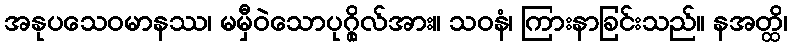
အနုပသေဝမာနဿ၊ မမှီဝဲသောပုဂ္ဂိုလ်အား။ သဝနံ၊ ကြားနာခြင်းသည်။ နအတ္ထိ၊